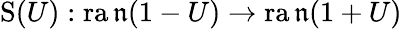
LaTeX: \operatorname{S}(U):\operatorname{ra\mathfrak{n}}(1-U)\to\operatorname{ra\mathfrak{n}}(1+U)